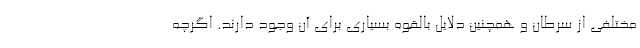
مختلفی از سرطان و همچنین دلایل بالقوه بسیاری برای آن وجود دارند. اگرچه